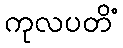
ကုလပတိံ